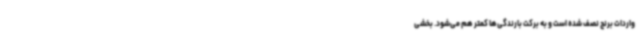
واردات برنج نصف شده است و به برکت بارندگی‌ها کمتر هم می‌شود. بخشی